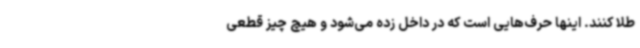
طلا کنند. اینها حرف‌هایی است که در داخل زده می‌شود و هیچ چیز قطعی